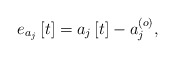
\begin{align*} e_{a_j}\left[t\right]=a_j\left[t\right]-a_j^{\left(o\right)},\end{align*}